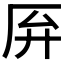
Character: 𫨄